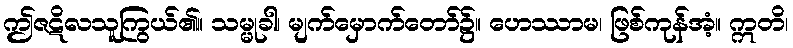
ဤဇဋိလသူကြွယ်၏။ သမ္မုခါ၊ မျက်မှောက်တော်၌။ ဟေဿာမ၊ ဖြစ်ကုန်အံ့။ ဣတိ၊